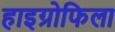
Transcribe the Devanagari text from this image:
हाइग्रोफिला